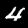
Digit: 4